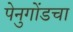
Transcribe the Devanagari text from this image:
पेनुगोंडचा